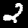
Label: 2